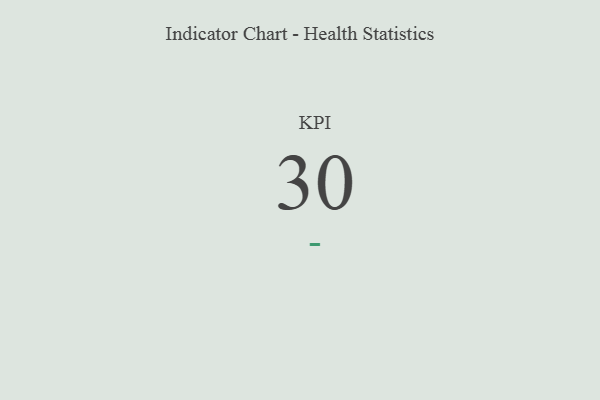
{"axis": {"x": "KPI", "y": "Value"}, "legend": [""], "data": [{"x": "KPI", "y": 30, "type": ""}]}